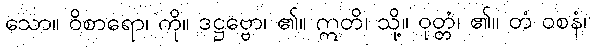
သော။ ဝိစာရော၊ ကို။ ဒဋ္ဌဗ္ဗော၊ ၏။ ဣတိ၊ သို့။ ဝုတ္တံ၊ ၏။ တံ ဝစနံ၊